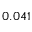
0 . 0 4 1